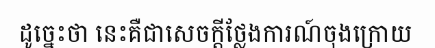
ដូច្នេះថា នេះគឺជាសេចក្តីថ្លែងការណ៍ចុងក្រោយ